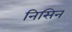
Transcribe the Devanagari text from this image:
निसिन